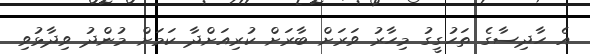
އެ ހާދިސާގެ ތަހުގީގު މިހާރު ވަރަށް ބާރަށް ކުރިއަށްދާ ކަމަށް މުންދު ވިދާޅުވި